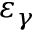
\varepsilon _ { \gamma }